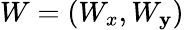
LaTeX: W=(W_{x},W_{\mathbf{y}})